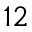
^ { 1 2 }